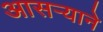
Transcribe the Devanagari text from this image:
आसऱ्याने